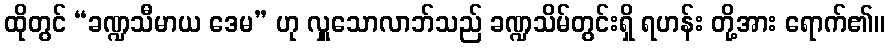
ထိုတွင် “ခဏ္ဍသီမာယ ဒေမ” ဟု လှူသောလာဘ်သည် ခဏ္ဍသိမ်တွင်းရှိ ရဟန်း တို့အား ရောက်၏။